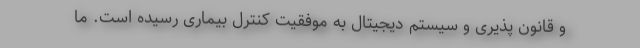
و قانون پذیری و سیستم دیجیتال به موفقیت کنترل بیماری رسیده است. ما